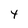
Character: 4